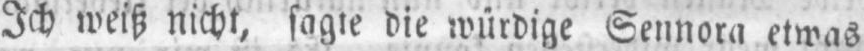
Ich weiß nicht, sagte die würdige Sennora etwas